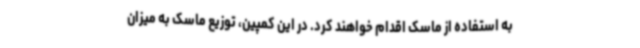
به استفاده از ماسک اقدام خواهند کرد. در این کمپین، توزیع ماسک به میزان